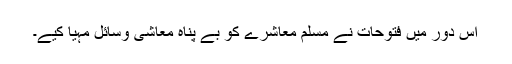
اس دور میں فتوحات نے مسلم معاشرے کو بے پناہ معاشی وسائل مہیا کیے۔